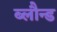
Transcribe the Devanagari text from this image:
ब्लौन्ड